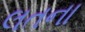
લતના